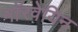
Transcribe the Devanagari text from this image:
नाॅरवेयिन